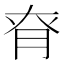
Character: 𦚉